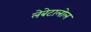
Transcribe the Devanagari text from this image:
लेबेटालोल